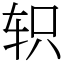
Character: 轵